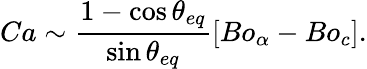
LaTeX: Ca\sim\frac{1-\cos\theta_{eq}}{\sin\theta_{eq}}[Bo_{\alpha}-Bo_{c}].